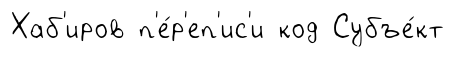
Хаб'иров п'е́р'еп'ис'и код Субъе́кт